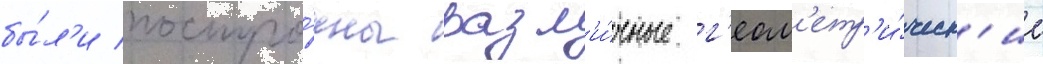
бы́л'и постро́ены разл'и́чные г'еом'етр'и́ческ'ие